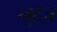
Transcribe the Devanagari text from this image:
नुट्ज़